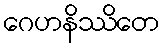
ဂေဟနိဿိတေ